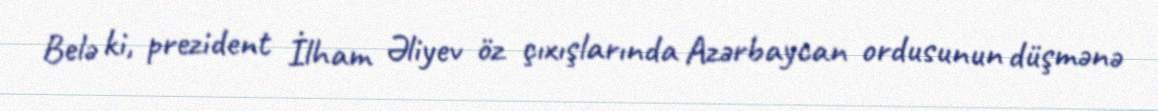
Belə ki, prezident İlham Əliyev öz çıxışlarında Azərbaycan ordusunun düşmənə